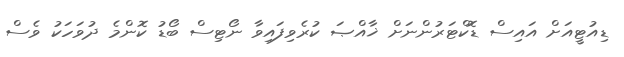
ޑިއުޓީއަށް އައިސް ޑޮކްޓަރުންނަށް ޚާއްޞަ ކުރެވިފައިވާ ނޯޓިސް ބޯޑު ކޮންމެ ދުވަހަކު ވެސް